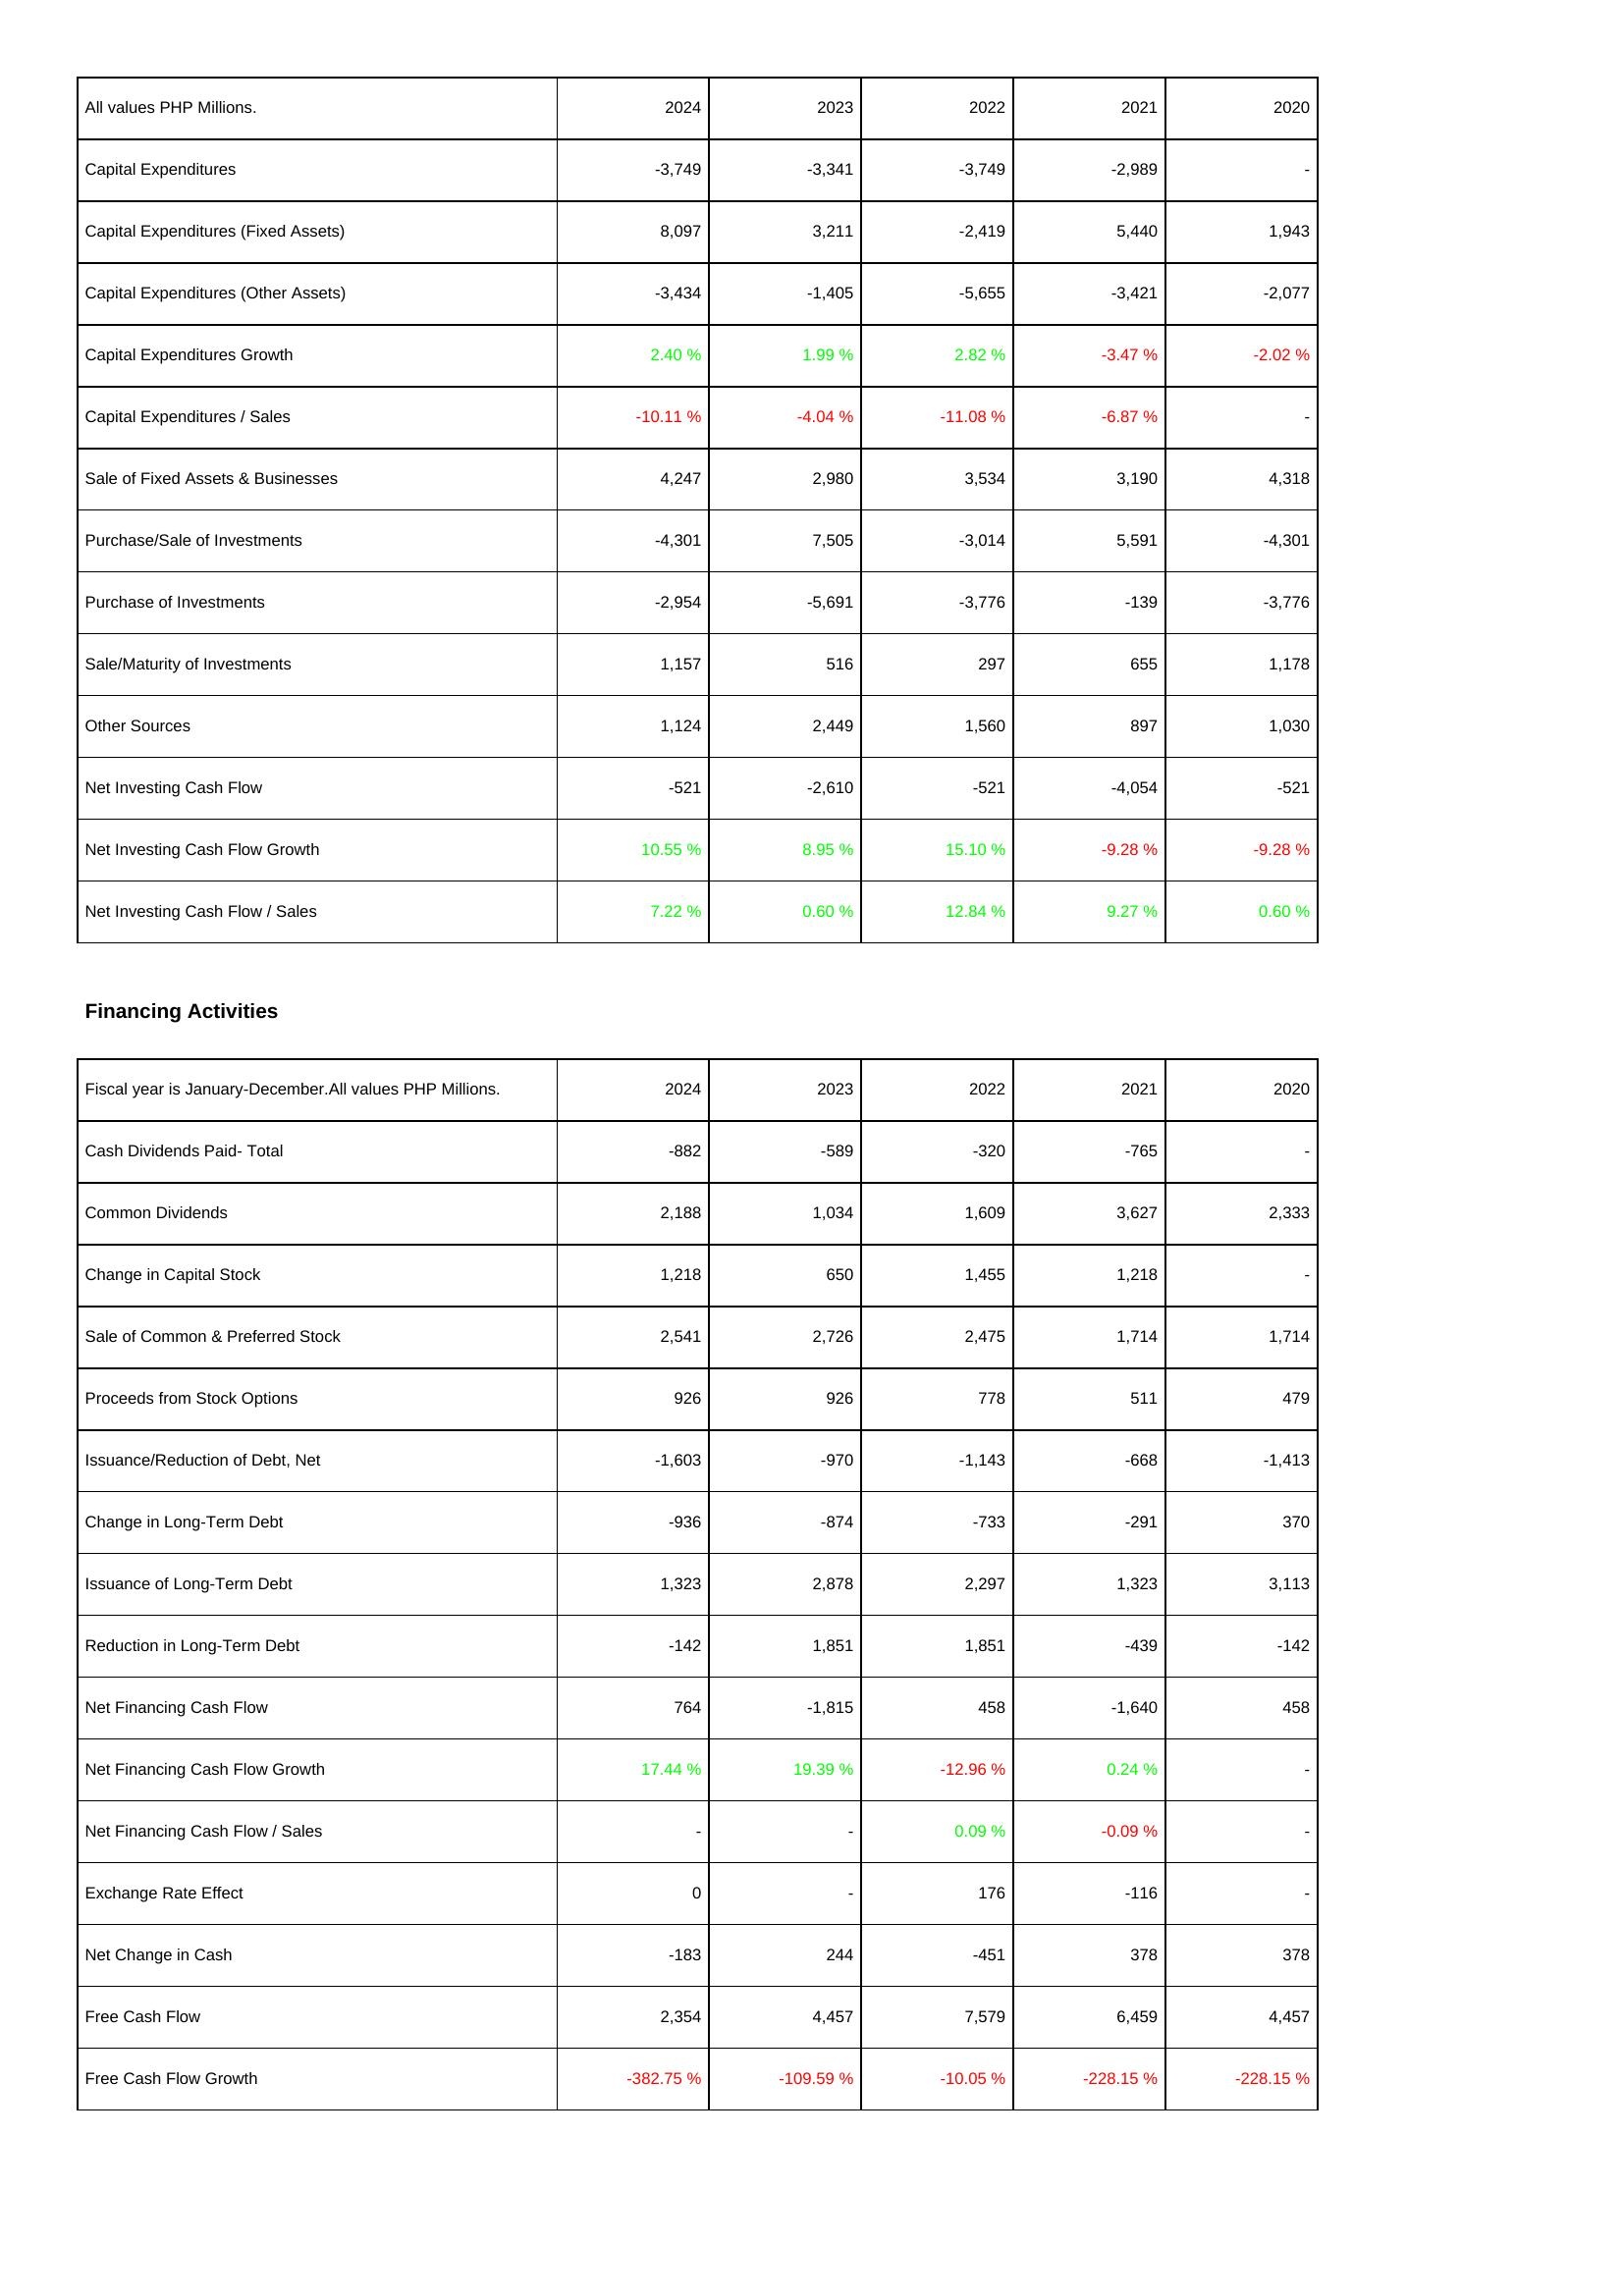
2024: Investing Activities: Capital Expenditures: -3,749
Capital Expenditures (Fixed Assets): 8,097
Capital Expenditures (Other Assets): -3,434
Capital Expenditures Growth: 2.40 %
Capital Expenditures / Sales: -10.11 %
Sale of Fixed Assets & Businesses: 4,247
Purchase/Sale of Investments: -4,301
Purchase of Investments: -2,954
Sale/Maturity of Investments: 1,157
Other Sources: 1,124
Net Investing Cash Flow: -521
Net Investing Cash Flow Growth: 10.55 %
Net Investing Cash Flow / Sales: 7.22 %
Financing Activities: Cash Dividends Paid- Total: -882
Common Dividends: 2,188
Change in Capital Stock: 1,218
Sale of Common & Preferred Stock: 2,541
Proceeds from Stock Options: 926
Issuance/Reduction of Debt, Net: -1,603
Change in Long-Term Debt: -936
Issuance of Long-Term Debt: 1,323
Reduction in Long-Term Debt: -142
Net Financing Cash Flow: 764
Net Financing Cash Flow Growth: 17.44 %
Net Financing Cash Flow / Sales: -
Exchange Rate Effect: 0
Net Change in Cash: -183
Free Cash Flow: 2,354
Free Cash Flow Growth: -382.75 %
2023: Investing Activities: Capital Expenditures: -3,341
Capital Expenditures (Fixed Assets): 3,211
Capital Expenditures (Other Assets): -1,405
Capital Expenditures Growth: 1.99 %
Capital Expenditures / Sales: -4.04 %
Sale of Fixed Assets & Businesses: 2,980
Purchase/Sale of Investments: 7,505
Purchase of Investments: -5,691
Sale/Maturity of Investments: 516
Other Sources: 2,449
Net Investing Cash Flow: -2,610
Net Investing Cash Flow Growth: 8.95 %
Net Investing Cash Flow / Sales: 0.60 %
Financing Activities: Cash Dividends Paid- Total: -589
Common Dividends: 1,034
Change in Capital Stock: 650
Sale of Common & Preferred Stock: 2,726
Proceeds from Stock Options: 926
Issuance/Reduction of Debt, Net: -970
Change in Long-Term Debt: -874
Issuance of Long-Term Debt: 2,878
Reduction in Long-Term Debt: 1,851
Net Financing Cash Flow: -1,815
Net Financing Cash Flow Growth: 19.39 %
Net Financing Cash Flow / Sales: -
Exchange Rate Effect: -
Net Change in Cash: 244
Free Cash Flow: 4,457
Free Cash Flow Growth: -109.59 %
2022: Investing Activities: Capital Expenditures: -3,749
Capital Expenditures (Fixed Assets): -2,419
Capital Expenditures (Other Assets): -5,655
Capital Expenditures Growth: 2.82 %
Capital Expenditures / Sales: -11.08 %
Sale of Fixed Assets & Businesses: 3,534
Purchase/Sale of Investments: -3,014
Purchase of Investments: -3,776
Sale/Maturity of Investments: 297
Other Sources: 1,560
Net Investing Cash Flow: -521
Net Investing Cash Flow Growth: 15.10 %
Net Investing Cash Flow / Sales: 12.84 %
Financing Activities: Cash Dividends Paid- Total: -320
Common Dividends: 1,609
Change in Capital Stock: 1,455
Sale of Common & Preferred Stock: 2,475
Proceeds from Stock Options: 778
Issuance/Reduction of Debt, Net: -1,143
Change in Long-Term Debt: -733
Issuance of Long-Term Debt: 2,297
Reduction in Long-Term Debt: 1,851
Net Financing Cash Flow: 458
Net Financing Cash Flow Growth: -12.96 %
Net Financing Cash Flow / Sales: 0.09 %
Exchange Rate Effect: 176
Net Change in Cash: -451
Free Cash Flow: 7,579
Free Cash Flow Growth: -10.05 %
2021: Investing Activities: Capital Expenditures: -2,989
Capital Expenditures (Fixed Assets): 5,440
Capital Expenditures (Other Assets): -3,421
Capital Expenditures Growth: -3.47 %
Capital Expenditures / Sales: -6.87 %
Sale of Fixed Assets & Businesses: 3,190
Purchase/Sale of Investments: 5,591
Purchase of Investments: -139
Sale/Maturity of Investments: 655
Other Sources: 897
Net Investing Cash Flow: -4,054
Net Investing Cash Flow Growth: -9.28 %
Net Investing Cash Flow / Sales: 9.27 %
Financing Activities: Cash Dividends Paid- Total: -765
Common Dividends: 3,627
Change in Capital Stock: 1,218
Sale of Common & Preferred Stock: 1,714
Proceeds from Stock Options: 511
Issuance/Reduction of Debt, Net: -668
Change in Long-Term Debt: -291
Issuance of Long-Term Debt: 1,323
Reduction in Long-Term Debt: -439
Net Financing Cash Flow: -1,640
Net Financing Cash Flow Growth: 0.24 %
Net Financing Cash Flow / Sales: -0.09 %
Exchange Rate Effect: -116
Net Change in Cash: 378
Free Cash Flow: 6,459
Free Cash Flow Growth: -228.15 %
2020: Investing Activities: Capital Expenditures: -
Capital Expenditures (Fixed Assets): 1,943
Capital Expenditures (Other Assets): -2,077
Capital Expenditures Growth: -2.02 %
Capital Expenditures / Sales: -
Sale of Fixed Assets & Businesses: 4,318
Purchase/Sale of Investments: -4,301
Purchase of Investments: -3,776
Sale/Maturity of Investments: 1,178
Other Sources: 1,030
Net Investing Cash Flow: -521
Net Investing Cash Flow Growth: -9.28 %
Net Investing Cash Flow / Sales: 0.60 %
Financing Activities: Cash Dividends Paid- Total: -
Common Dividends: 2,333
Change in Capital Stock: -
Sale of Common & Preferred Stock: 1,714
Proceeds from Stock Options: 479
Issuance/Reduction of Debt, Net: -1,413
Change in Long-Term Debt: 370
Issuance of Long-Term Debt: 3,113
Reduction in Long-Term Debt: -142
Net Financing Cash Flow: 458
Net Financing Cash Flow Growth: -
Net Financing Cash Flow / Sales: -
Exchange Rate Effect: -
Net Change in Cash: 378
Free Cash Flow: 4,457
Free Cash Flow Growth: -228.15 %